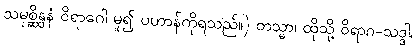
သမုစ္ဆိန္ဒနံ ဝိရာဂေါ မူ၍ ပဟာန်ကိုရသည်။) တသ္မာ၊ ထိုသို့ ဝိရာဂ-သဒ္ဒါ,